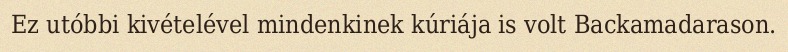
Ez utóbbi kivételével mindenkinek kúriája is volt Backamadarason.